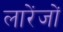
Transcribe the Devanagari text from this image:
लारेंजों